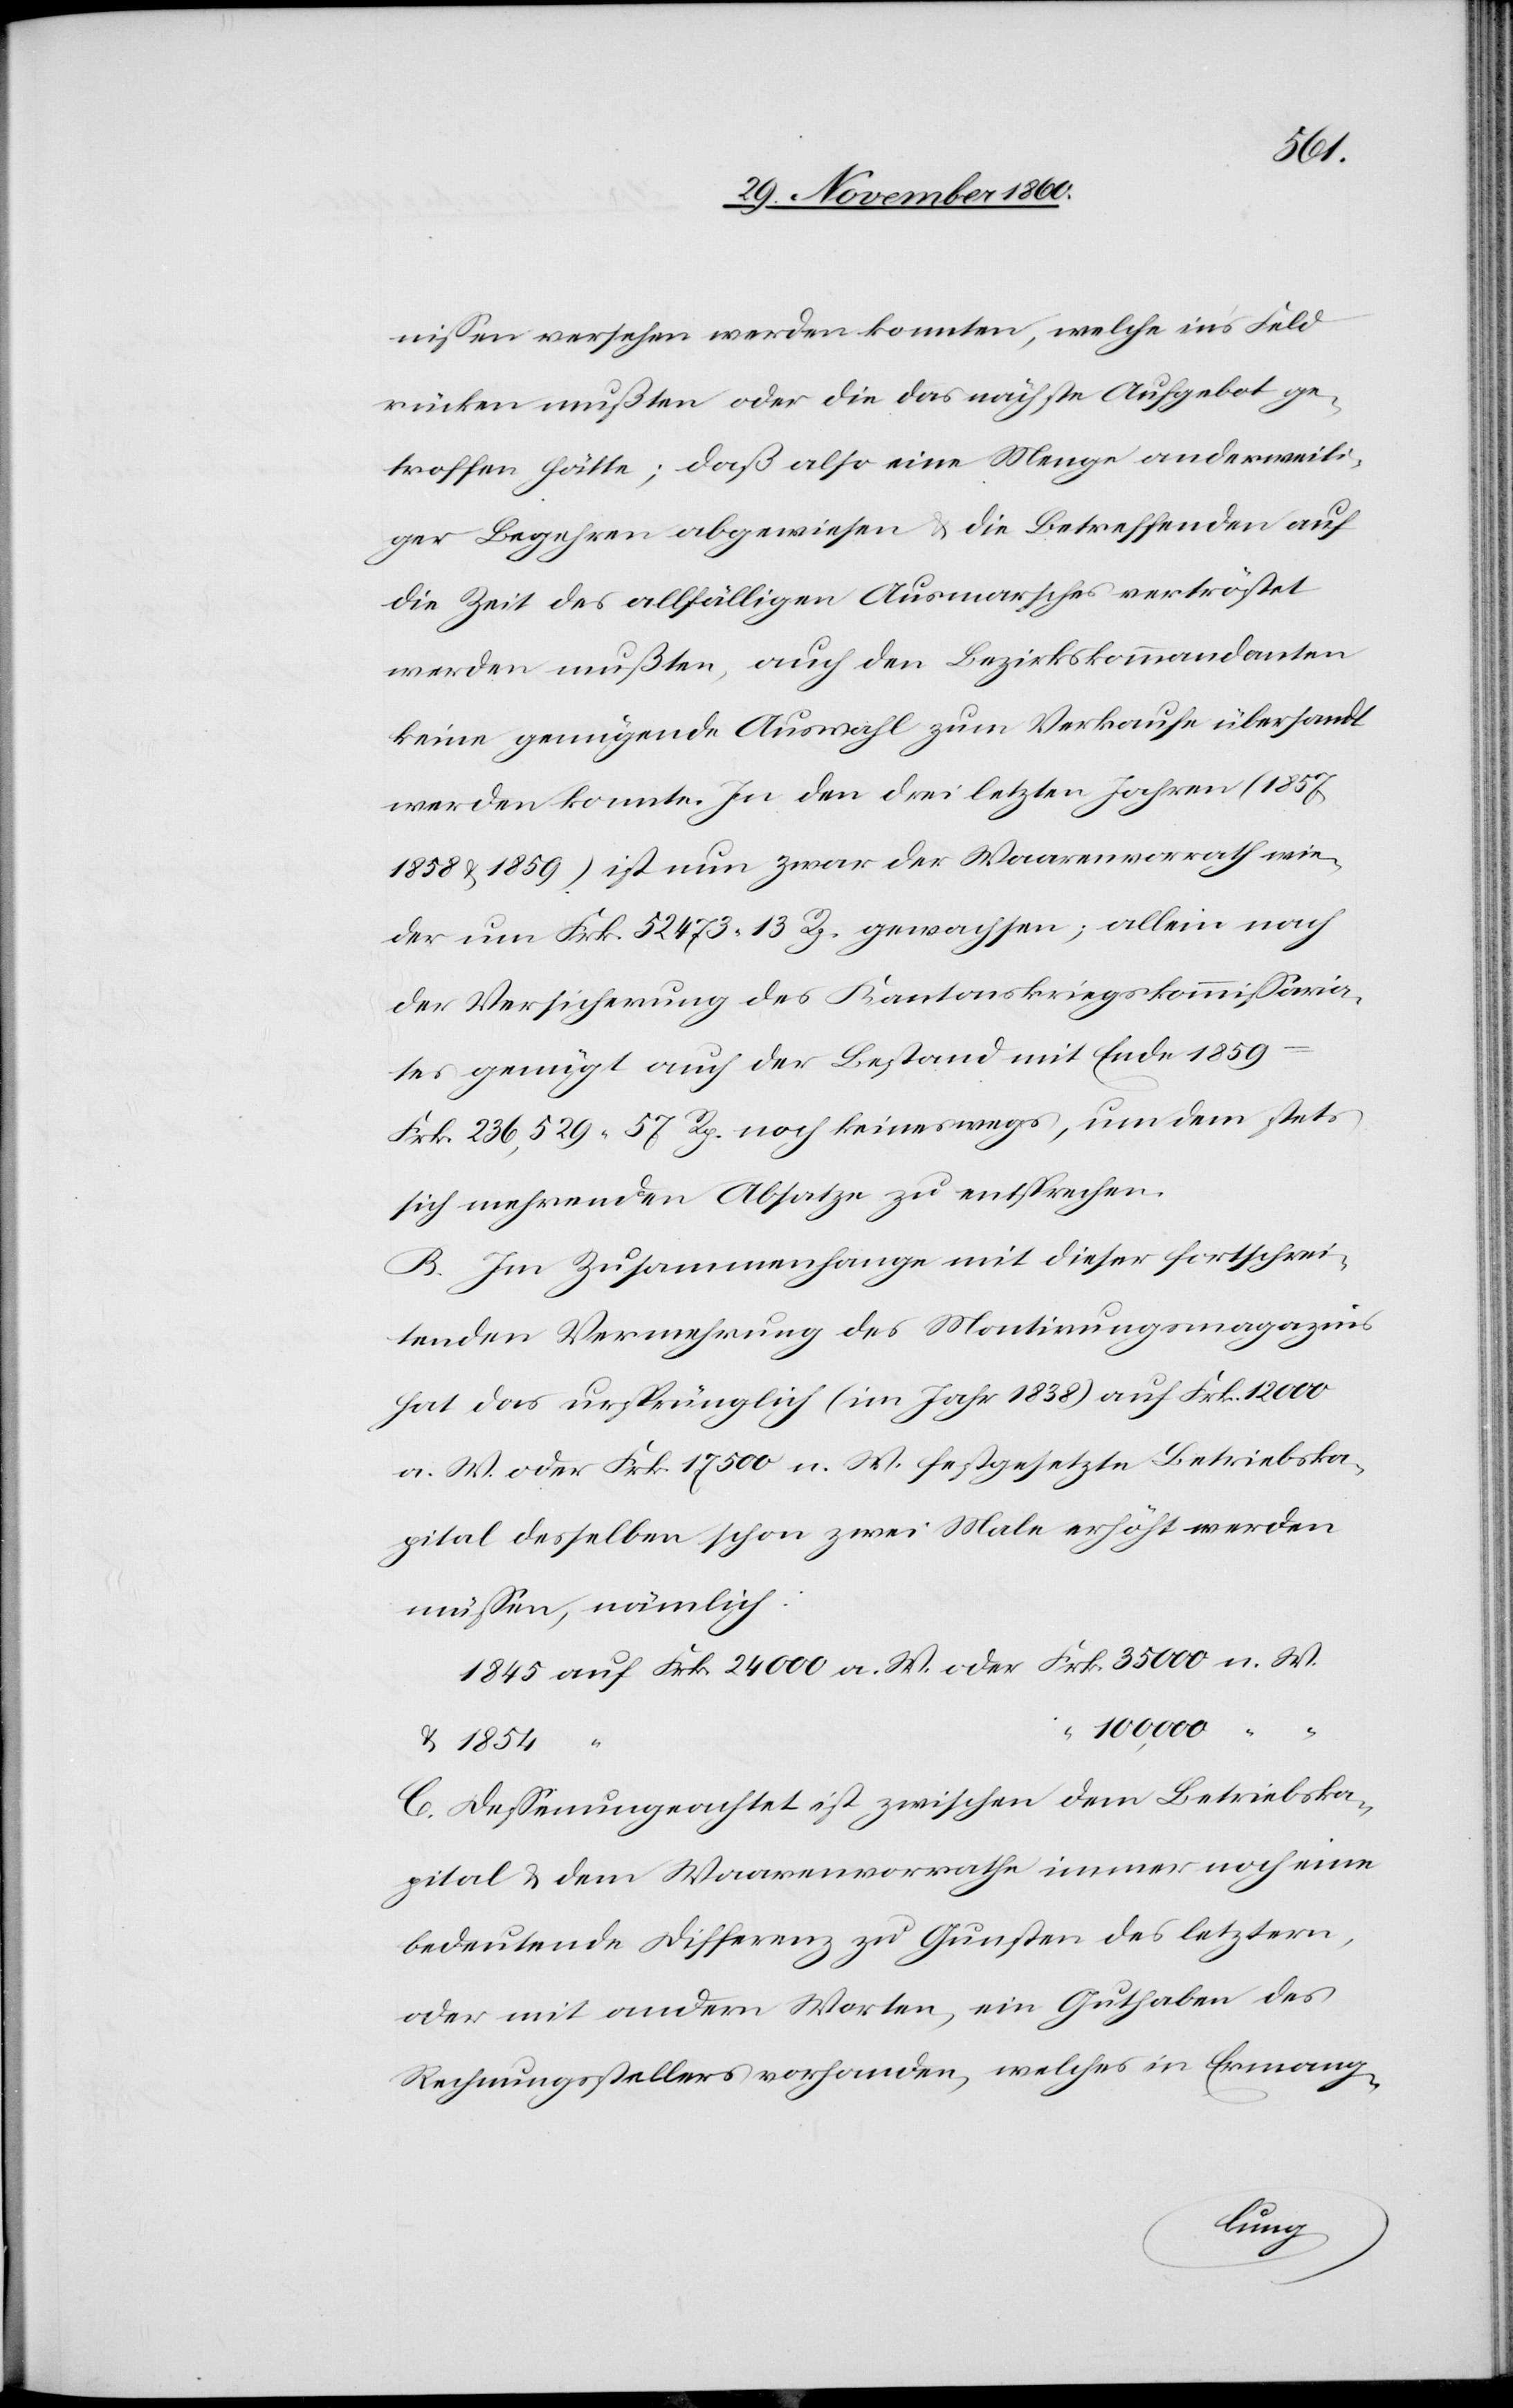
W.
nissen versehen werden konnten, welche in’s Feld
rücken mußten oder die das nächste Aufgebot ge¬
troffen hätte; daß also eine Menge anderweiti¬
ger Begehren abgewiesen u. die Betreffenden auf
die Zeit des allfälligen Ausmarsches vertröstet
werden mußten, auch den Bezirkskommandanten
keine genügende Auswahl zum Verkaufe übersandt
werden konnte. In den drei letzten Jahren (1857,
1858 u. 1859) ist nun zwar der Waarenvorrath wie¬
der um Frk. 52 473 13 Rp. gewachsen; allein nach
der Versicherung des Kantonskriegskommissaria¬
tes genügt auch der Bestand mit Ende 1859
Frk. 236,529 57 Rp. noch keineswegs, um dem stets
sich mehrenden Absatze zu entsprechen.
B. Im Zusammenhange mit dieser fortschrei¬
tenden Vermehrung des Montirungsmagazins
hat der ursprünglich (im Jahre 1838) auf Frk. 12 000
a. W. oder Frk. 17 500 n. W. festgesetzte Betriebska¬
pital desselben schon zwei Male erhöht werden
müssen, nämlich:
u.
100,000
C. Dessenungeachtet ist zwischen dem Betriebska¬
pital u. dem Waarenvorrathe immer noch eine
bedeutende Differenz zu Gunsten des letztern,
oder mit andern Worten, ein Guthaben des
Rechnungsstellers vorhanden, welches in Ermang-